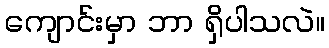
ကျောင်းမှာ ဘာ ရှိပါသလဲ။